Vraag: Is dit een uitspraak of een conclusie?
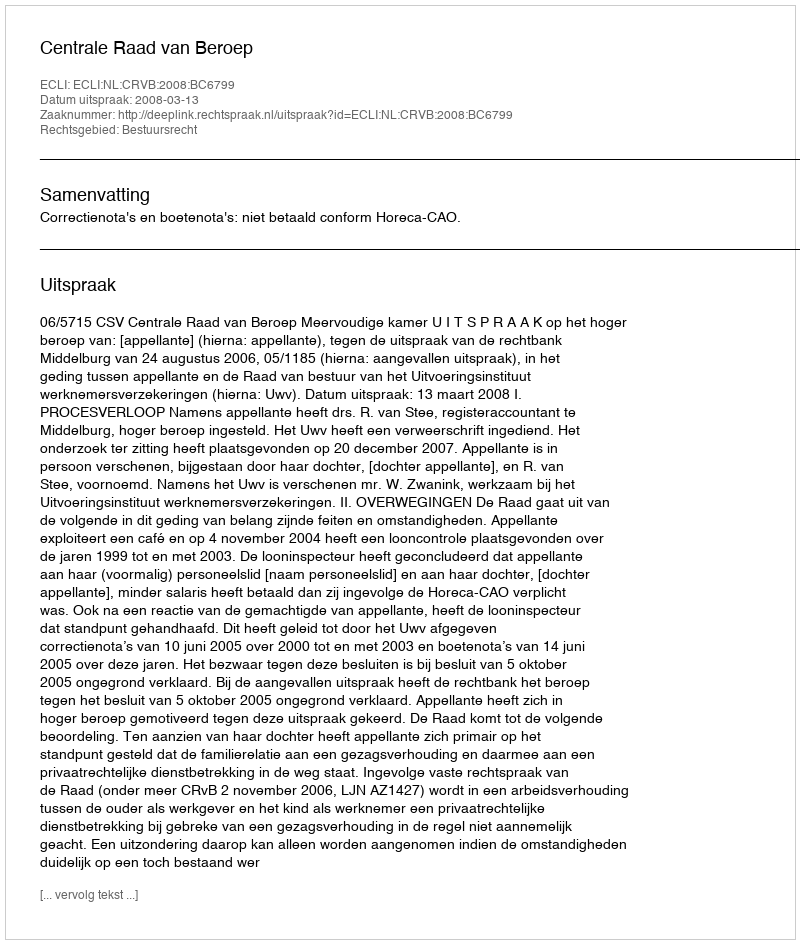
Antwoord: Uitspraak